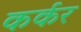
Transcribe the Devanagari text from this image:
कर्कर